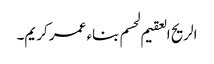
الریح العقیم لحسم بناء عمر کریم۔